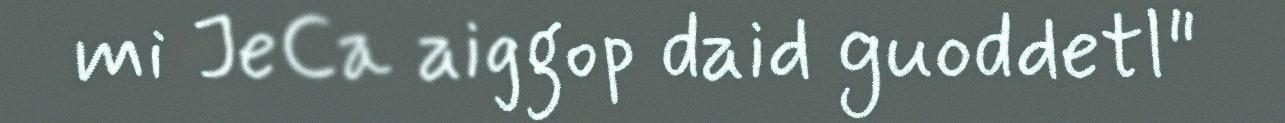
mi JeCa aiggop daid guoddetl"